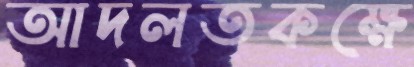
আদলতকক্ষে